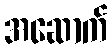
အဆောက်